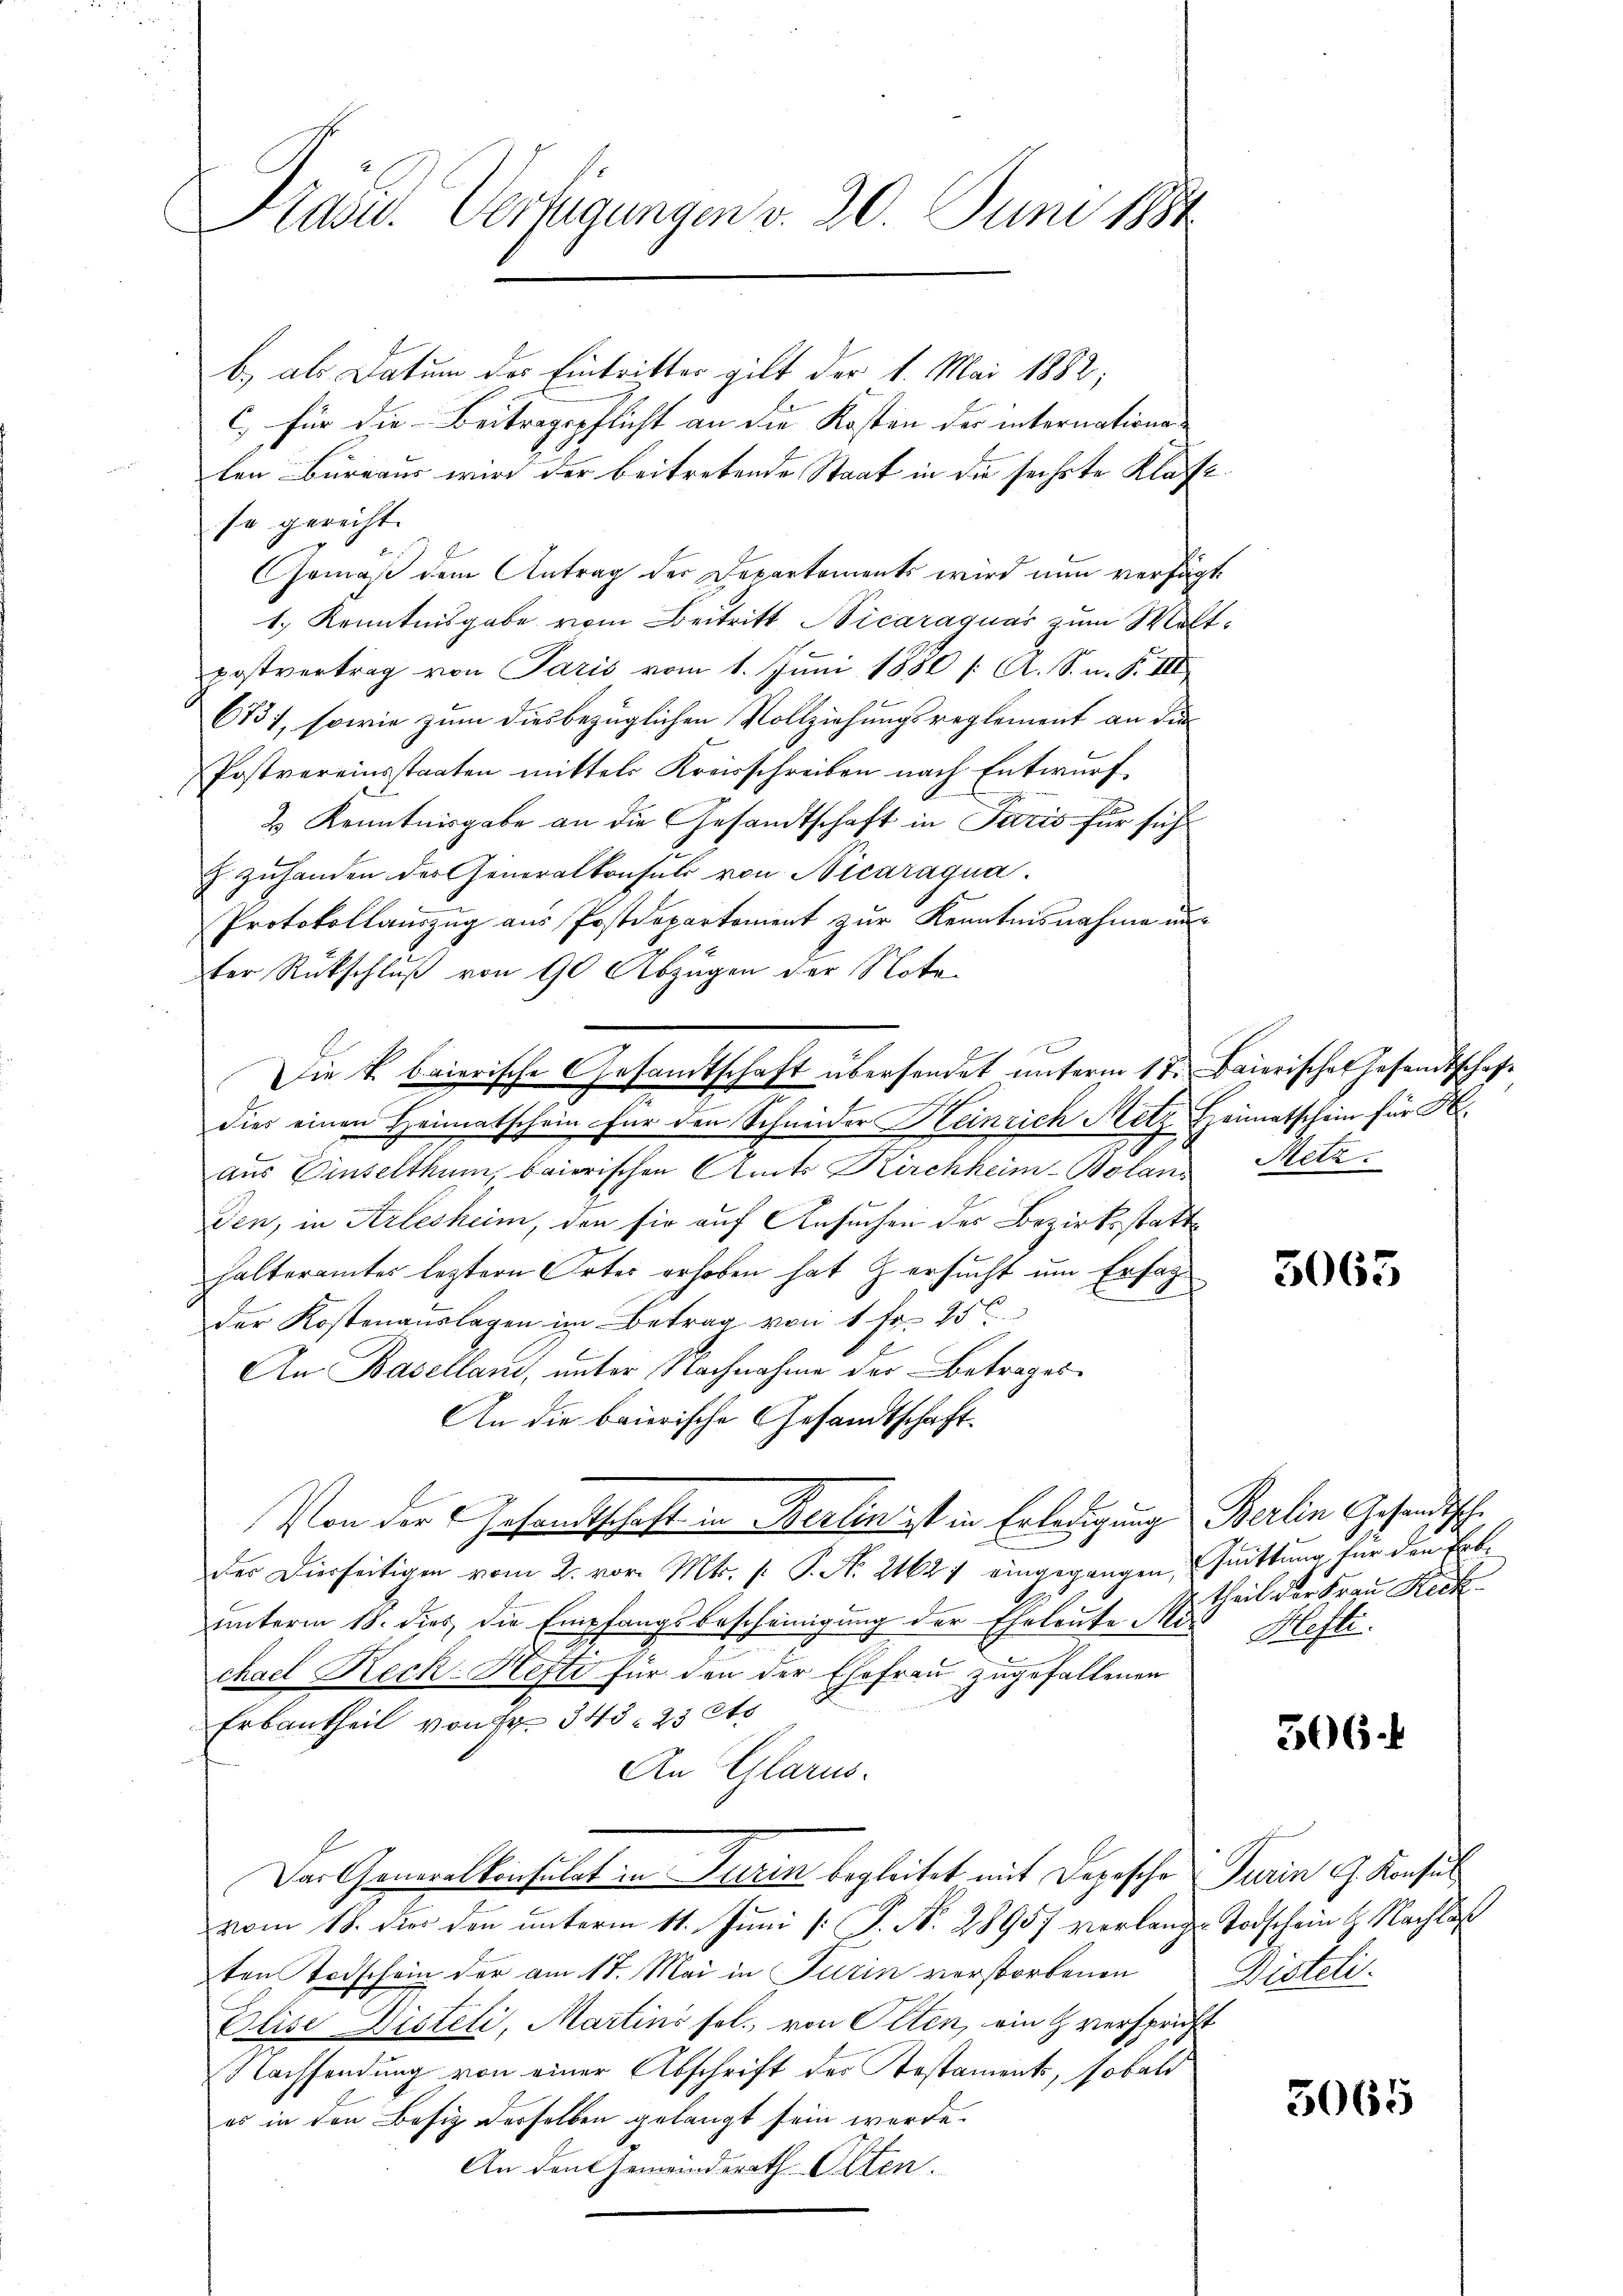
Präsid. Verfügungen v. 30. Juni 1884

b.) als Datum der Eintritter gilt der 1. Mai 1882,
c) für die Beitragspflicht an die Kosten der internatione
len Bureaus wird der beitretende Staat in die sechste Klassese gerecht.
Gemäß dem Antrag der Departements wird nun verfügt,
1.) Kenntnisgabe vom Beitritt Nicaraquas zum Waltpostvertrag von Paris vom 1. Juni 1880 /: A. S. n. F. III
6731, sowie zum diesbezüglichen Vollziehungsreglement an die
Postvereinsstaaten mittels Kreisschreiben nach Entwurf.
3 Kenntnisgabe an die Gesandtschaft in Paris für sich
J. zuhanden der Generalkonsuls von Nicaragua.
Protokollauszug aus Postdepartement zur Kenntnisnahme un
ter Rückschluß von 90 Abzügen der Note
dies einen Heimatschein für den Schneider Heinrich Metz Heimatschein für H
aus Einselthum, baierischen Amts Kirchheim-Bolanz Metz.
den, in Arlesheim, den sie auf Ansuchen der Bezirksstatthalteramtes leztern Ortes erhoben hat ersucht um Ersag
der Kostenauslagen im Betrag von 1 Fr. 25
An Baselland, unter Nachnahme der Betrages
An die baierische Gesandtschaft¬
Von der Gesandtschaft in Berlin ist in Erledigung Berlin gehandische
der Dierseitigen vom 2. vor. Mts. (: P. Nr. 21627 eingegangen, Quittung für den Erbunterm 18. dies die Empfangsbescheinigung der Eheleute Michael Reck-Hefte für den der Ehefrau zugefallenen
Erbantheil von Nr. 345, 25 Cts
An Glarus.
Das Generalkonsulat in Turin begleitet mit Depesche Turin u. Konsul
vom 18. der den unterm 11. Juni [ J. N. 28957 verlangte Todschein H. Nachlaß
ten Todschein der am 17. Mai in Turin verstorbenen Disteli¬
Elise Disteli, Martins sel., von Olten, ein verspricht
NNachsendung von einer Abschrift des Testaments, sobald
es in den Besiz derselben gelangt sein werde.
An den Gemeindsrath Olten.

Die k. baierische Gesamtschaft übersendet unterm 17. Baierisches Gesandtschaft

Einsich

3063

theil der Frau Rech
Hefte.

506.

5065